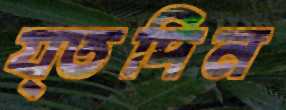
য্তদিন